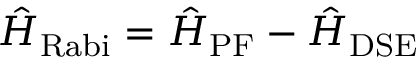
\hat { H } _ { \mathrm { R a b i } } = \hat { H } _ { \mathrm { P F } } - \hat { H } _ { \mathrm { D S E } }